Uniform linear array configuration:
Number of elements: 32
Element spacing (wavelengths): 0.75
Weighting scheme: hamming
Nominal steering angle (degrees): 30
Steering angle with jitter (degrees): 30.158
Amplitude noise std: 0.05
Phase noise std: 0.05

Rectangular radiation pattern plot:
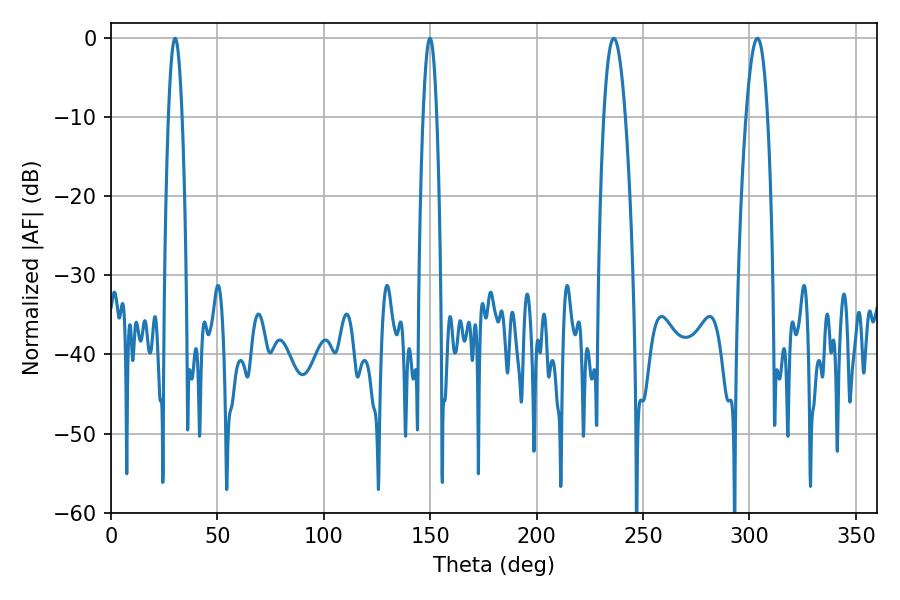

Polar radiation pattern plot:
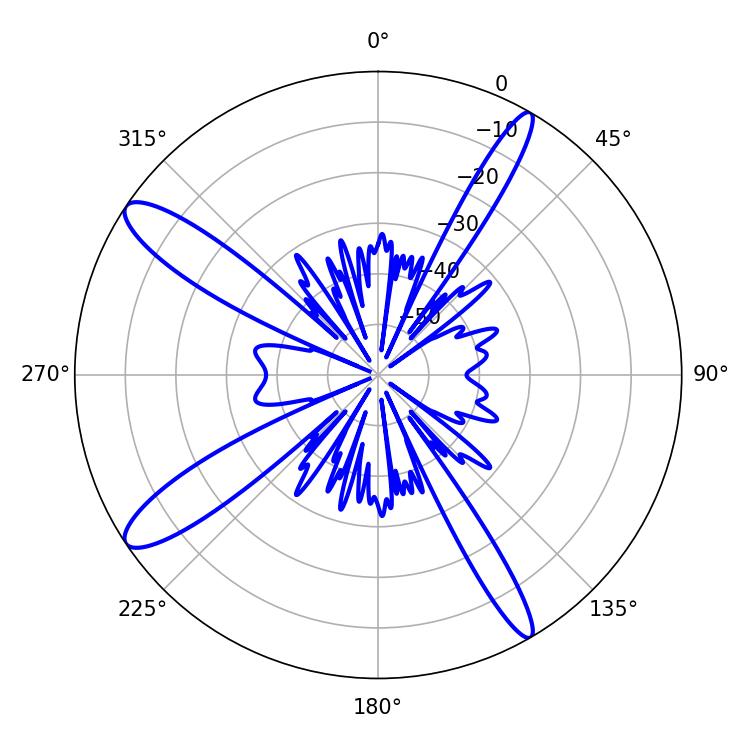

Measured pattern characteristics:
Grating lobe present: TRUE
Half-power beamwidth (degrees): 5.58
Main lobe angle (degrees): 236.16